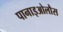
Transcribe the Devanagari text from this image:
पानाइओलौस